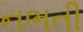
નભતી